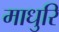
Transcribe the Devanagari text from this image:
माधुरि